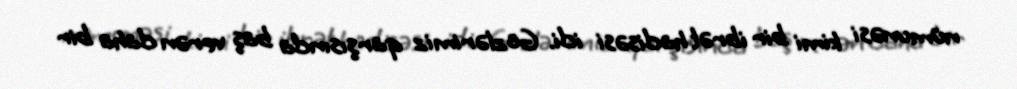
nümunəsi kimi bir ibrət hadisəsi idi. Gözlərimiz qarşısında baş verən daha bir